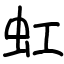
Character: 虹